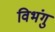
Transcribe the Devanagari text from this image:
विभंगु